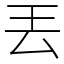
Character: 丟